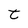
Character: t